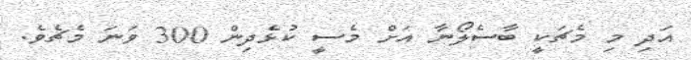
އަދި މި މެޗަކީ ބާސެލޯނާ އަށް މެސީ ކުޅެދިން 300 ވަނަ މެޗެވެ.